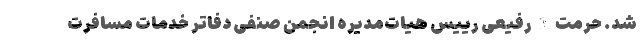
شد. حرمت‌الله رفیعی رییس هیات‌مدیره انجمن صنفی دفاتر خدمات مسافرت